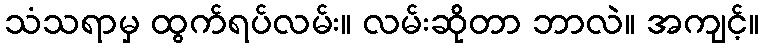
သံသရာမှ ထွက်ရပ်လမ်း။ လမ်းဆိုတာ ဘာလဲ။ အကျင့်။